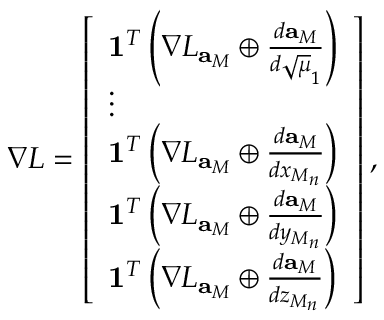
\nabla L = \left[ \begin{array} { l } { \mathbf { 1 } ^ { T } \left( \nabla L _ { \mathbf { a } _ { M } } \oplus \frac { d \mathbf { a } _ { M } } { d \sqrt { \mu } _ { 1 } } \right) } \\ { \vdots } \\ { \mathbf { 1 } ^ { T } \left( \nabla L _ { \mathbf { a } _ { M } } \oplus \frac { d \mathbf { a } _ { M } } { d x _ { M _ { n } } } \right) } \\ { \mathbf { 1 } ^ { T } \left( \nabla L _ { \mathbf { a } _ { M } } \oplus \frac { d \mathbf { a } _ { M } } { d y _ { M _ { n } } } \right) } \\ { \mathbf { 1 } ^ { T } \left( \nabla L _ { \mathbf { a } _ { M } } \oplus \frac { d \mathbf { a } _ { M } } { d z _ { M _ { n } } } \right) } \end{array} \right] ,